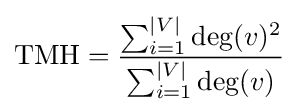
{\text{TMH}}={\frac {\sum _{i=1}^{|V|}\deg(v)^{2}}{\sum _{i=1}^{|V|}\deg(v)}}